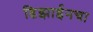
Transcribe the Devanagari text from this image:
डिझाईनचा